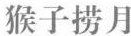
猴子捞月